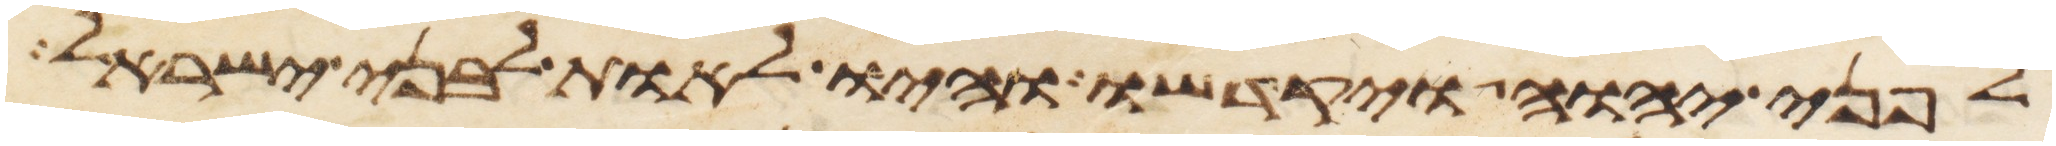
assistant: לפני יהוה ויקדשו והיו לאות לבני ישראל